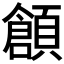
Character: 𲊶